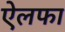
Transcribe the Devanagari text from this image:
ऐलफा